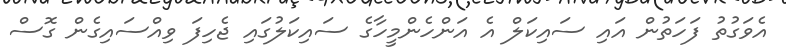
އެވަގުތު ފަހަތުން އައި ސައިކަލް އެ އަންހެންމީހާގެ ސައިކަލުގައި ޖެހިފަ ވިއްސައިގެން ގޮސް